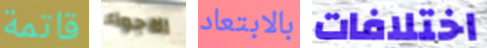
قاتمة الاجواء بالابتعاد اختلافات